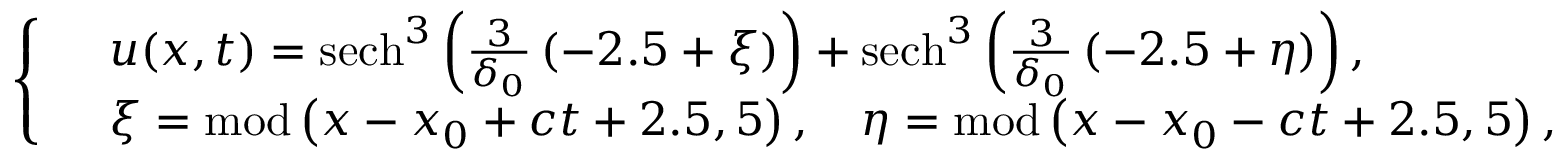
\left\{ \begin{array} { r l } & { u ( x , t ) = \mathrm { s e c h } ^ { 3 } \left( \frac { 3 } { \delta _ { 0 } } \left( - 2 . 5 + \xi \right) \right) + \mathrm { s e c h } ^ { 3 } \left( \frac { 3 } { \delta _ { 0 } } \left( - 2 . 5 + \eta \right) \right) , } \\ & { \xi = \mathrm { m o d } \left( x - x _ { 0 } + c t + 2 . 5 , 5 \right) , \quad \eta = \mathrm { m o d } \left( x - x _ { 0 } - c t + 2 . 5 , 5 \right) , } \end{array} \right.